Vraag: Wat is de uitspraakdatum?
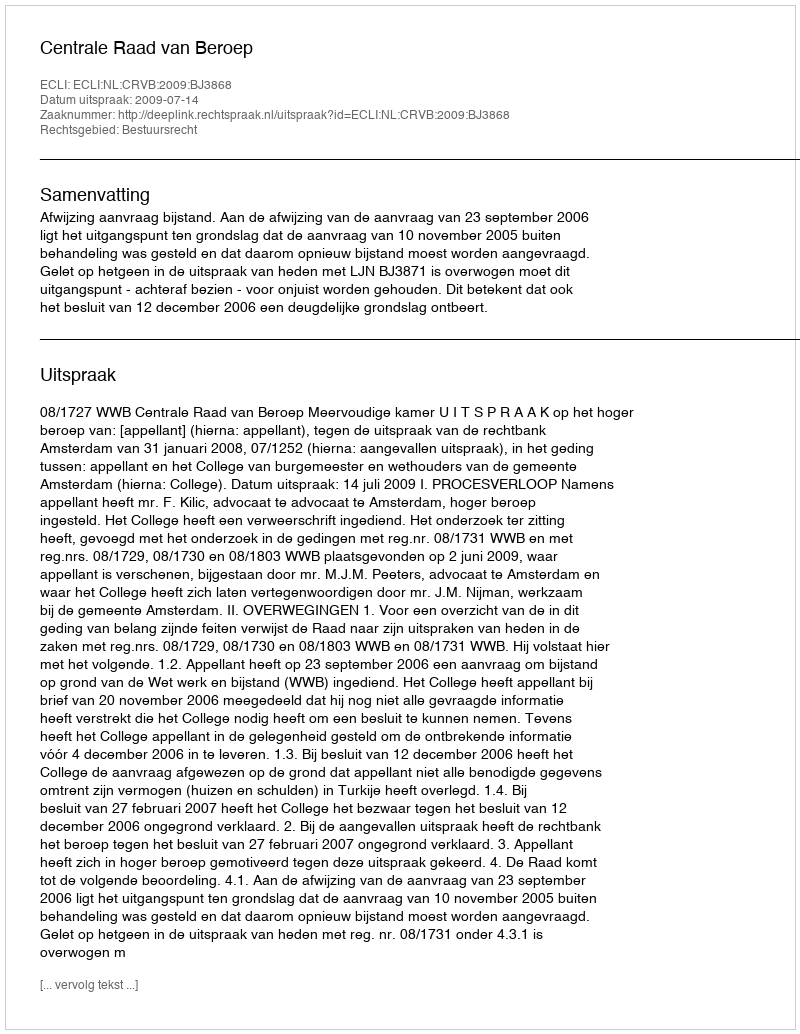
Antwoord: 2009-07-14